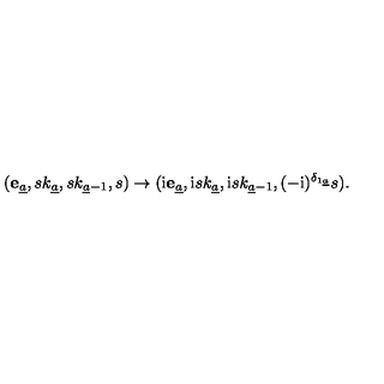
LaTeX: ( { \bf e } _ { \underline { a } } , s k _ { \underline { a } } , s k _ { { \underline { a } } - 1 } , s ) \to ( \mathrm { i } { \bf e } _ { \underline { a } } , \mathrm { i } s k _ { \underline { a } } , \mathrm { i } s k _ { { \underline { a } } - 1 } , ( - \mathrm { i } ) ^ { \delta _ { 1 { \underline { a } } } } s ) .